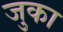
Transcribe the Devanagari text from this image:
जुका